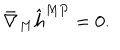
\bar { \nabla } _ { M } \hat { h } ^ { M P } = 0 .